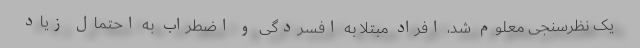
یک نظرسنجی معلوم شد، افراد مبتلا به افسردگی و اضطراب به احتمال زیاد